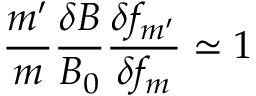
\frac { m ^ { \prime } } { m } \frac { \delta B } { B _ { 0 } } \frac { \delta f _ { m ^ { \prime } } } { \delta f _ { m } } \simeq 1